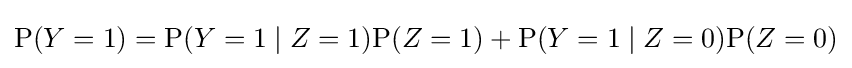
\mathrm {P} (Y=1)=\mathrm {P} (Y=1\mid Z=1)\mathrm {P} (Z=1)+\mathrm {P} (Y=1\mid Z=0)\mathrm {P} (Z=0)